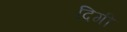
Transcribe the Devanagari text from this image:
दिगी